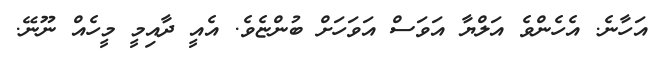
އަހާނެ. އެހެންވެ އަލްޔާ އަވަސް އަވަހަށް ބުންޏެވެ. އެއީ ދާއިމީ މީހެއް ނޫނޭ.